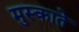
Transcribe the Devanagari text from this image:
मुस्काते